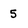
Character: 5